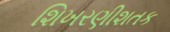
શિખરણીશતક